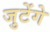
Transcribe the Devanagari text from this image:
जुटेंगे